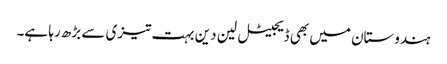
ہندوستان میں بھی ڈیجیٹل لین دین بہت تیزی سے بڑھ رہا ہے۔